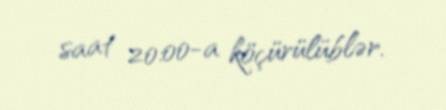
saat 20:00-a köçürülüblər.